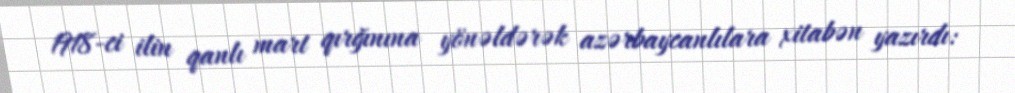
1918-ci ilin qanlı mart qırğınına yönəldərək azərbaycanlılara xitabən yazırdı: